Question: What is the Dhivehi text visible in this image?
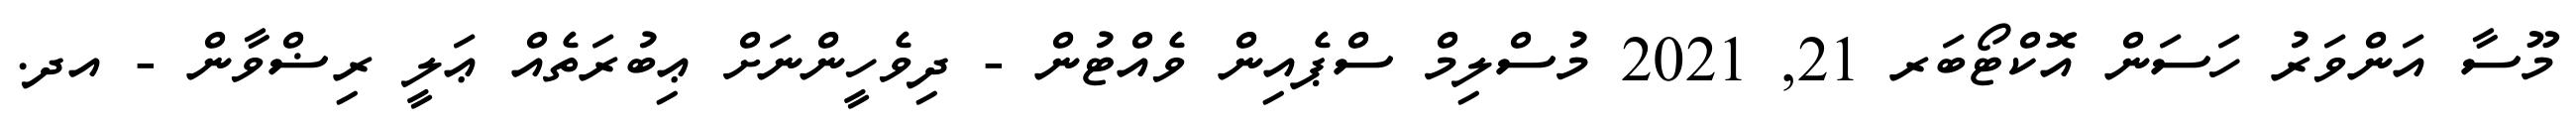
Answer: މޫސާ އަންވަރު ހަސަން އޮކްޓޯބަރ 21, 2021 މުސްލިމް ސްޕެއިން ވެއްޓުން - ދިވެހީންނަށް ޢިބުރަތެއް ޢަލީ ރިޟްވާން - އދ.